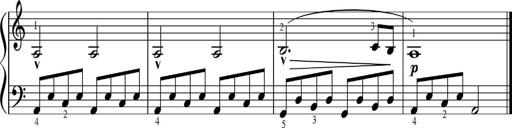
Title: Sonatinas
Composer: Andrew Violette